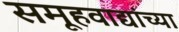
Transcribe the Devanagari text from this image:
समूहवाद्यांच्या